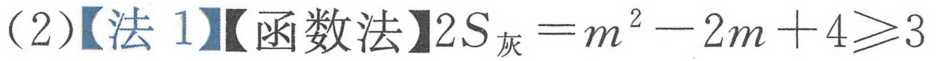
(2)【法 1】【函数法】\(2S_{灰}=m^{2}-2m + 4\geqslant3\)